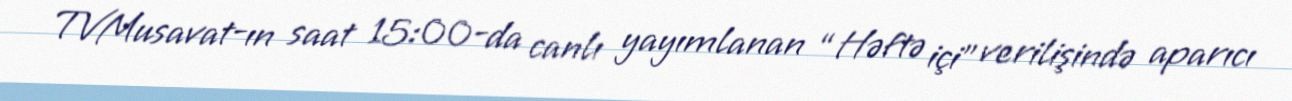
TVMusavat-ın saat 15:00-da canlı yayımlanan “Həftə içi” verilişində aparıcı